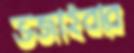
ভজাইবার